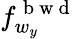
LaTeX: f_{w_{y}}^{\mathrm{~b~w~d~}}